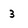
Character: 3